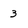
Character: 3